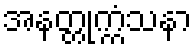
အနတ္တုက္ကံသနာ